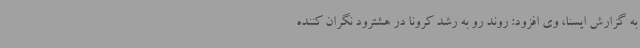
به گزارش ایسنا، وی افزود: روند رو به رشد کرونا در هشترود نگران کننده